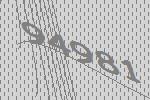
94981